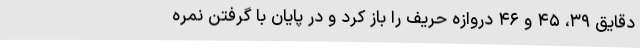
دقایق ۳۹، ۴۵ و ۴۶ دروازه حریف را باز کرد و در پایان با گرفتن نمره